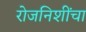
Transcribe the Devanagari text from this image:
रोजनिशींचा